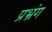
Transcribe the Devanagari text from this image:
प्रभ्रंग